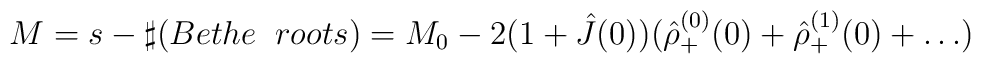
M=s- \sharp(Bethe\;\;roots)=M_0-2(1+\hat{J}(0))(\hat{\rho}_+^{(0)}(0)+\hat{\rho}_+^{(1)}(0)+\dots)